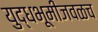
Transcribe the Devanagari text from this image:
युद्धभूमीजवळच